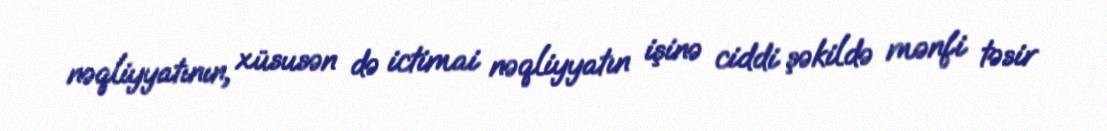
nəqliyyatının, xüsusən də ictimai nəqliyyatın işinə ciddi şəkildə mənfi təsir